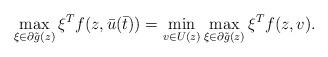
LaTeX: \begin{align*}\max_{\xi\in\partial\tilde{g}(z)} \xi^Tf(z, \bar{u}(\bar{t})) = \min_{v\in U(z)} \max_{\xi\in\partial\tilde{g}(z)} \xi^Tf(z, v). \end{align*}